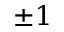
\pm 1